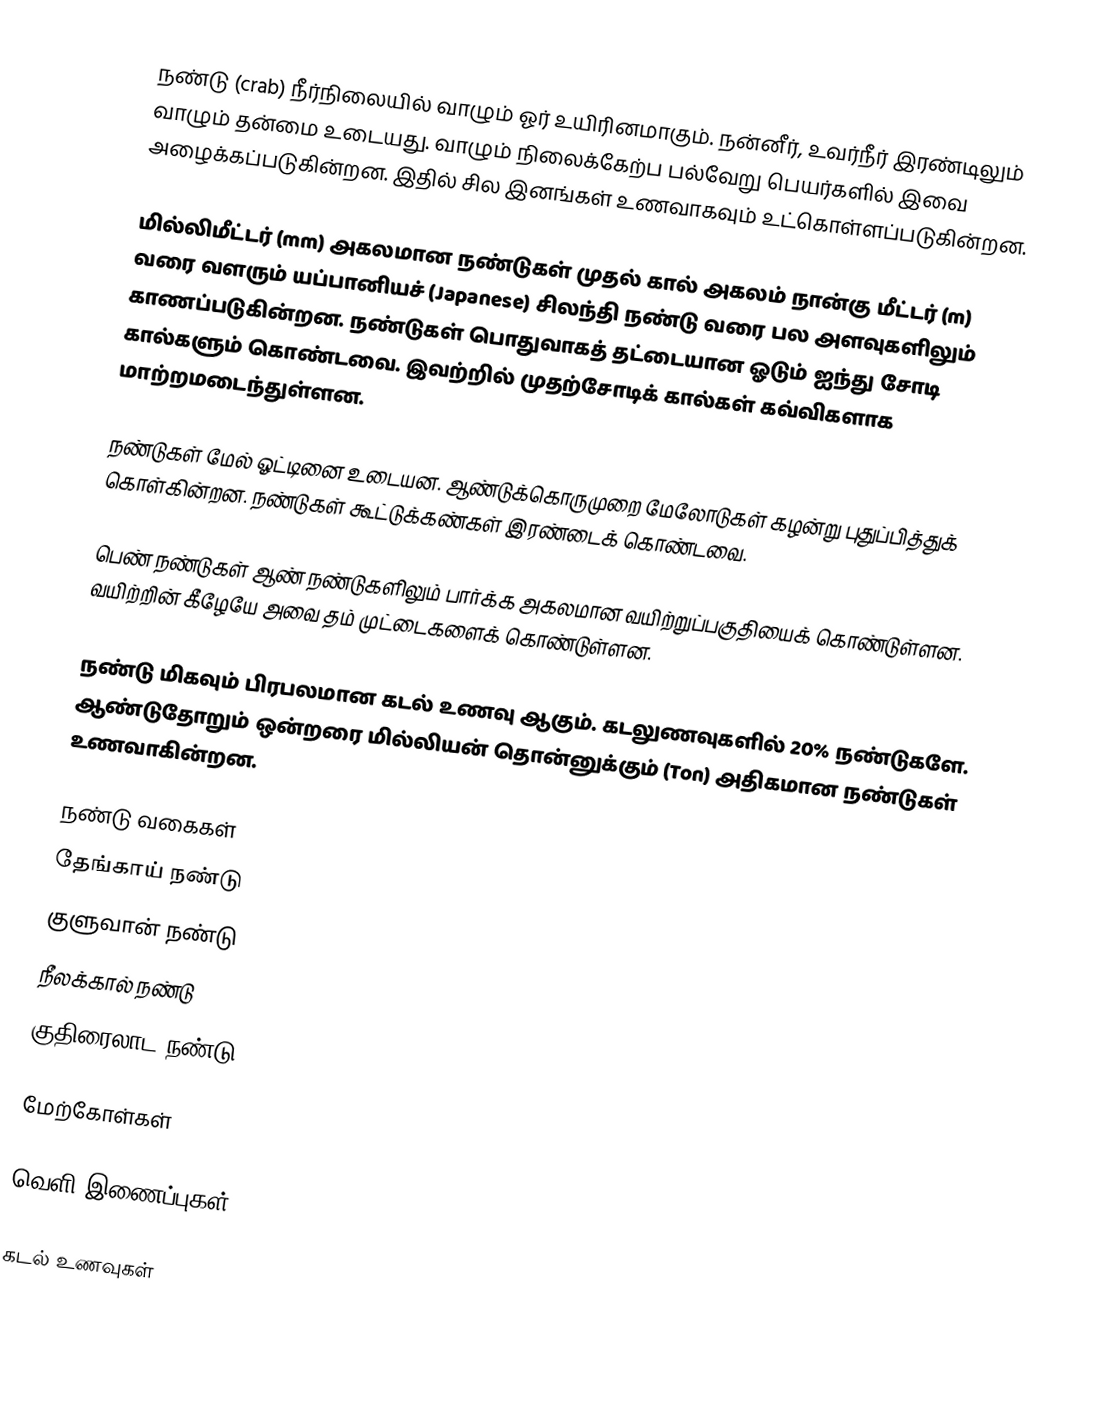
நண்டு (crab) நீர்நிலையில் வாழும் ஓர் உயிரினமாகும். நன்னீர், உவர்நீர் இரண்டிலும் வாழும் தன்மை உடையது. வாழும் நிலைக்கேற்ப பல்வேறு பெயர்களில் இவை அழைக்கப்படுகின்றன. இதில் சில இனங்கள் உணவாகவும் உட்கொள்ளப்படுகின்றன.

மில்லிமீட்டர் (mm) அகலமான நண்டுகள் முதல் கால் அகலம் நான்கு மீட்டர் (m) வரை வளரும் யப்பானியச் (Japanese) சிலந்தி நண்டு வரை பல அளவுகளிலும் காணப்படுகின்றன. நண்டுகள் பொதுவாகத் தட்டையான ஓடும் ஐந்து சோடி கால்களும் கொண்டவை. இவற்றில் முதற்சோடிக் கால்கள் கவ்விகளாக மாற்றமடைந்துள்ளன.

நண்டுகள் மேல் ஓட்டினை உடையன. ஆண்டுக்கொருமுறை மேலோடுகள் கழன்று புதுப்பித்துக் கொள்கின்றன. நண்டுகள் கூட்டுக்கண்கள் இரண்டைக் கொண்டவை.

பெண் நண்டுகள் ஆண் நண்டுகளிலும் பார்க்க அகலமான வயிற்றுப்பகுதியைக் கொண்டுள்ளன. வயிற்றின் கீழேயே அவை தம் முட்டைகளைக் கொண்டுள்ளன.

நண்டு மிகவும் பிரபலமான கடல் உணவு ஆகும். கடலுணவுகளில் 20% நண்டுகளே. ஆண்டுதோறும் ஒன்றரை மில்லியன் தொன்னுக்கும் (Ton) அதிகமான நண்டுகள் உணவாகின்றன.

நண்டு வகைகள்
 தேங்காய் நண்டு
 குளுவான் நண்டு
 நீலக்கால் நண்டு
குதிரைலாட நண்டு

மேற்கோள்கள்

வெளி இணைப்புகள்

கடல் உணவுகள்